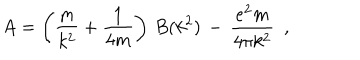
A = \left( \frac { m } { k ^ { 2 } } + \frac { 1 } { 4 m } \right) \, B ( k ^ { 2 } ) \, - \, \frac { e ^ { 2 } m } { 4 \pi k ^ { 2 } } \, \, \, , \,